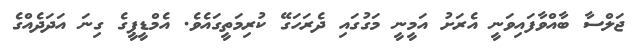
ޖަލްސާ ބާއްވާފައިވަނީ އެރަށު އަމީނީ މަގުގައި ދެރަހަގޭ ކުރިމަތީގައެވެ. އެމްޑީޕީގެ ގިނަ އަދަދެއްގެ